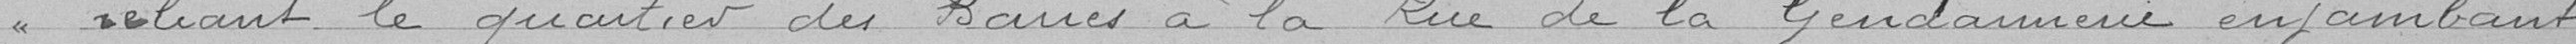
reliant le quartier des Barres à la rue de la Gendarmerie enjambant